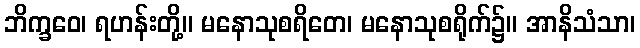
ဘိက္ခဝေ၊ ရဟန်းတို့။ မနောသုစရိတေ၊ မနောသုစရိုက်၌။ အာနိသံသာ၊